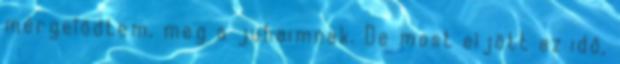
mérgelődtem, meg a juhaimnak. De most eljött az idő,